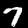
Digit: 7